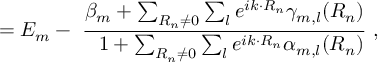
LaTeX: = E _ { m } - \ { \frac { \beta _ { m } + \sum _ { { \boldsymbol { R _ { n } } } \neq 0 } \sum _ { l } e ^ { i { \boldsymbol { k } } \cdot { \boldsymbol { R _ { n } } } } \gamma _ { m , l } ( { \boldsymbol { R _ { n } } } ) } { \ \ 1 + \sum _ { \boldsymbol { R _ { n } \neq 0 } } \sum _ { l } e ^ { i { \boldsymbol { k \cdot R _ { n } } } } \alpha _ { m , l } ( { \boldsymbol { R _ { n } } } ) } } \ ,